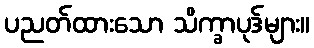
ပညတ်ထားသော သိက္ခာပုဒ်များ။